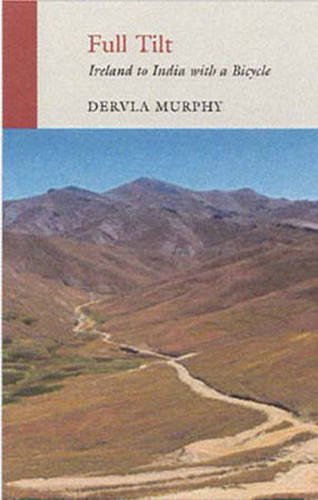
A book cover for Full Tilt: Ireland to India with a Bicycle; Dervla Murphy; Biographies & Memoirs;